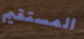
المستقيم